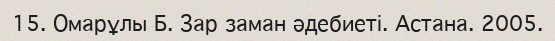
15. Омарұлы Б. Зар заман әдебиеті. Астана. 2005.